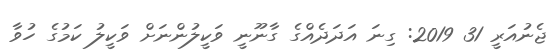
ޖެނުއަރީ 31 2019: ގިނަ އަދަދެއްގެ ގާނޫނީ ވަކީލުންނަށް ވަކީލު ކަމުގެ ހުވާ